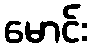
မောင်း